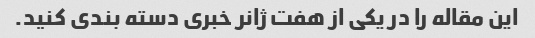
این مقاله را در یکی از هفت ژانر خبری دسته بندی کنید.